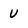
Character: U